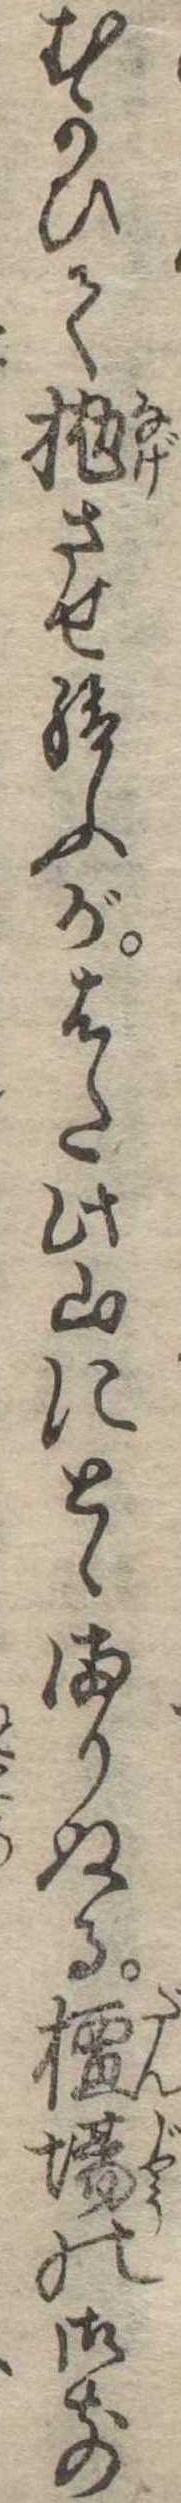
むかひて抛させ給ふがはた此山にとゞまりぬる檀場の御前